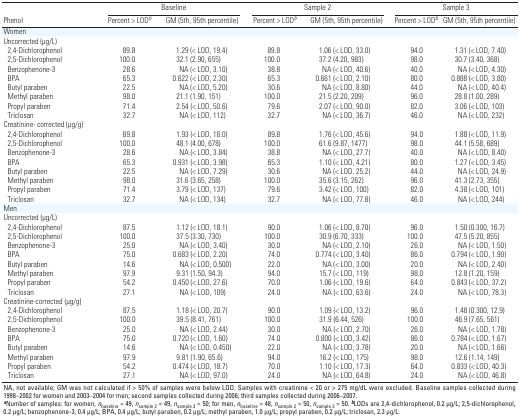
<table><thead><tr><td rowspan="2"><b>Phenol</b></td><td colspan="2"><b>Baseline</b></td><td colspan="2"><b>Sample 2 </b></td><td colspan="2"><b>Sample 3</b></td></tr><tr><td><b>Percent &gt; LOD<sup><i>b</i></sup></b></td><td><b>GM (5th, 95th percentile)</b></td><td><b>Percent &gt; LOD<sup><i>b</i></sup></b></td><td><b>GM (5th, 95th percentile)</b></td><td><b>Percent &gt; LOD<sup><i>b</i></sup></b></td><td><b>GM (5th, 95th percentile)</b></td></tr></thead><tbody><tr><td><b>Women</b></td></tr><tr><td><b>Uncorrected (μg/L)</b></td></tr><tr><td><b>2,4-Dichloro­phenol</b></td><td>89.8</td><td>1.29 (&lt; LOD, 19.4)</td><td>89.8</td><td>1.06 (&lt; LOD, 33.0)</td><td>94.0</td><td>1.31 (&lt; LOD, 7.40)</td></tr><tr><td><b>2,5-Dichloro­phenol</b></td><td>100.0</td><td>32.1 (2.90, 655)</td><td>100.0</td><td>37.2 (4.20, 983)</td><td>98.0</td><td>30.7 (3.40, 368)</td></tr><tr><td><b>Benzophenone-3</b></td><td>28.6</td><td>NA (&lt; LOD, 3.10)</td><td>38.8</td><td>NA (&lt; LOD, 40.6)</td><td>40.0</td><td>NA (&lt; LOD, 4.30)</td></tr><tr><td><b>BPA</b></td><td>65.3</td><td>0.622 (&lt; LOD, 2.30)</td><td>65.3</td><td>0.661 (&lt; LOD, 2.10)</td><td>80.0</td><td>0.888 (&lt; LOD, 3.80)</td></tr><tr><td><b>Butyl paraben</b></td><td>22.5</td><td>NA (&lt; LOD, 5.20)</td><td>30.6</td><td>NA (&lt; LOD, 8.80)</td><td>44.0</td><td>NA (&lt; LOD, 40.4)</td></tr><tr><td><b>Methyl paraben</b></td><td>98.0</td><td>21.1 (1.90, 151)</td><td>100.0</td><td>21.5 (2.20, 209)</td><td>96.0</td><td>28.8 (1.00, 289)</td></tr><tr><td><b>Propyl paraben</b></td><td>71.4</td><td>2.54 (&lt; LOD, 50.6)</td><td>79.6</td><td>2.07 (&lt; LOD, 90.0)</td><td>82.0</td><td>3.06 (&lt; LOD, 103)</td></tr><tr><td><b>Triclosan</b></td><td>32.7</td><td>NA (&lt; LOD, 112)</td><td>32.7</td><td>NA (&lt; LOD, 36.7)</td><td>46.0</td><td>NA (&lt; LOD, 232)</td></tr><tr><td><b>Creatinine- corrected (μg/g)</b></td></tr><tr><td><b>2,4-Dichloro­phenol</b></td><td>89.8</td><td>1.93 (&lt; LOD, 18.0)</td><td>89.8</td><td>1.76 (&lt; LOD, 45.6)</td><td>94.0</td><td>1.88 (&lt; LOD, 11.9)</td></tr><tr><td><b>2,5-Dichloro­phenol</b></td><td>100.0</td><td>48.1 (4.00, 678)</td><td>100.0</td><td>61.6 (9.87, 1477)</td><td>98.0</td><td>44.1 (5.58, 689)</td></tr><tr><td><b>Benzophenone-3</b></td><td>28.6</td><td>NA (&lt; LOD, 3.84)</td><td>38.8</td><td>NA (&lt; LOD, 27.7)</td><td>40.0</td><td>NA (&lt; LOD, 8.40)</td></tr><tr><td><b>BPA</b></td><td>65.3</td><td>0.931 (&lt; LOD, 3.98)</td><td>65.3</td><td>1.10 (&lt; LOD, 4.21)</td><td>80.0</td><td>1.27 (&lt; LOD, 3.45)</td></tr><tr><td><b>Butyl paraben</b></td><td>22.5</td><td>NA (&lt; LOD, 7.29)</td><td>30.6</td><td>NA (&lt; LOD, 25.2)</td><td>44.0</td><td>NA (&lt; LOD, 24.9)</td></tr><tr><td><b>Methyl paraben</b></td><td>98.0</td><td>31.6 (3.65, 258)</td><td>100.0</td><td>35.6 (3.15, 262)</td><td>96.0</td><td>41.3 (2.73, 355)</td></tr><tr><td><b>Propyl paraben</b></td><td>71.4</td><td>3.79 (&lt; LOD, 137)</td><td>79.6</td><td>3.42 (&lt; LOD, 100)</td><td>82.0</td><td>4.38 (&lt; LOD, 101)</td></tr><tr><td><b>Triclosan</b></td><td>32.7</td><td>NA (&lt; LOD, 134)</td><td>32.7</td><td>NA (&lt; LOD, 77.8)</td><td>46.0</td><td>NA (&lt; LOD, 244)</td></tr><tr><td><b>Men</b></td></tr><tr><td><b>Uncorrected (μg/L)</b></td></tr><tr><td><b>2,4-Dichloro­phenol</b></td><td>87.5</td><td>1.12 (&lt; LOD, 18.1)</td><td>90.0</td><td>1.06 (&lt; LOD, 8.70)</td><td>96.0</td><td>1.50 (0.300, 16.7)</td></tr><tr><td><b>2,5-Dichloro­phenol</b></td><td>100.0</td><td>37.5 (3.30, 730)</td><td>100.0</td><td>30.9 (6.70, 333)</td><td>100.0</td><td>47.5 (5.20, 855)</td></tr><tr><td><b>Benzophenone-3</b></td><td>25.0</td><td>NA (&lt; LOD, 3.40)</td><td>30.0</td><td>NA (&lt; LOD, 2.10)</td><td>26.0</td><td>NA (&lt; LOD, 1.50)</td></tr><tr><td><b>BPA</b></td><td>75.0</td><td>0.683 (&lt; LOD, 2.20)</td><td>74.0</td><td>0.774 (&lt; LOD, 3.40)</td><td>86.0</td><td>0.794 (&lt; LOD, 1.90)</td></tr><tr><td><b>Butyl paraben</b></td><td>14.6</td><td>NA (&lt; LOD, 0.500)</td><td>22.0</td><td>NA (&lt; LOD, 3.00)</td><td>20.0</td><td>NA (&lt; LOD, 2.40)</td></tr><tr><td><b>Methyl paraben</b></td><td>97.9</td><td>9.31 (1.50, 94.3)</td><td>94.0</td><td>15.7 (&lt; LOD, 119)</td><td>98.0</td><td>12.8 (1.20, 159)</td></tr><tr><td><b>Propyl paraben</b></td><td>54.2</td><td>0.450 (&lt; LOD, 27.6)</td><td>70.0</td><td>1.06 (&lt; LOD, 19.6)</td><td>64.0</td><td>0.843 (&lt; LOD, 37.2)</td></tr><tr><td><b>Triclosan</b></td><td>27.1</td><td>NA (&lt; LOD, 109)</td><td>24.0</td><td>NA (&lt; LOD, 63.6)</td><td>24.0</td><td>NA (&lt; LOD, 78.3)</td></tr><tr><td><b>Creatinine-corrected (μg/g)</b></td></tr><tr><td><b>2,4-Dichloro­phenol</b></td><td>87.5</td><td>1.18 (&lt; LOD, 20.7)</td><td>90.0</td><td>1.09 (&lt; LOD, 13.2)</td><td>96.0</td><td>1.48 (0.300, 12.9)</td></tr><tr><td><b>2,5-Dichloro­phenol</b></td><td>100.0</td><td>39.5 (8.41, 761)</td><td>100.0</td><td>31.9 (6.44, 526)</td><td>100.0</td><td>46.9 (7.65, 561)</td></tr><tr><td><b>Benzophenone-3</b></td><td>25.0</td><td>NA (&lt; LOD, 2.44)</td><td>30.0</td><td>NA (&lt; LOD, 2.70)</td><td>26.0</td><td>NA (&lt; LOD, 1.78)</td></tr><tr><td><b>BPA</b></td><td>75.0</td><td>0.720 (&lt; LOD, 1.60)</td><td>74.0</td><td>0.800 (&lt; LOD, 3.42)</td><td>86.0</td><td>0.784 (&lt; LOD, 1.67)</td></tr><tr><td><b>Butyl paraben</b></td><td>14.6</td><td>NA (&lt; LOD, 0.450)</td><td>22.0</td><td>NA (&lt; LOD, 3.78)</td><td>20.0</td><td>NA (&lt; LOD, 1.66)</td></tr><tr><td><b>Methyl paraben</b></td><td>97.9</td><td>9.81 (1.90, 65.6)</td><td>94.0</td><td>16.2 (&lt; LOD, 175)</td><td>98.0</td><td>12.6 (1.14, 149)</td></tr><tr><td><b>Propyl paraben</b></td><td>54.2</td><td>0.474 (&lt; LOD, 18.7)</td><td>70.0</td><td>1.10 (&lt; LOD, 17.3)</td><td>64.0</td><td>0.833 (&lt; LOD, 40.3)</td></tr><tr><td><b>Triclosan</b></td><td>27.1</td><td>NA (&lt; LOD, 97.0)</td><td>24.0</td><td>NA (&lt; LOD, 64.8)</td><td>24.0</td><td>NA (&lt; LOD, 46.8)</td></tr><tr><td colspan="7">NA, not available; GM was not calculated if &gt; 50% of samples were below LOD. Samples with creatinine &lt; 20 or &gt; 275 mg/dL were excluded. Baseline samples collected during 1998–2002 for women and 2003–2004 for men; second samples collected during 2006; third samples collected during 2006–2007. <sup><i><b>a</b></i></sup>Number of samples: for women, <i>n</i><sub>baseline</sub> = 49, <i>n</i><sub>sample 2</sub> = 49, <i>n</i><sub>sample 3</sub> = 50; for men, <i>n</i><sub>baseline</sub> = 48, <i>n</i><sub>sample 2</sub> = 50, <i>n</i><sub>sample 3</sub> = 50. <sup><i><b>b</b></i></sup>LODs are 2,4-dichloro­phenol, 0.2 μg/L; 2,5-dichloro­phenol, 0.2 μg/L; benzophenone-3, 0.4 μg/L; BPA, 0.4 μg/L; butyl paraben, 0.2 μg/L; methyl paraben, 1.0 μg/L; propyl paraben, 0.2 μg/L; triclosan, 2.3 μg/L.</td></tr></tbody></table>